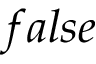
f a l s e